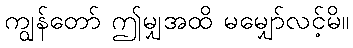
ကျွန်တော် ဤမျှအထိ မမျှော်လင့်မိ။